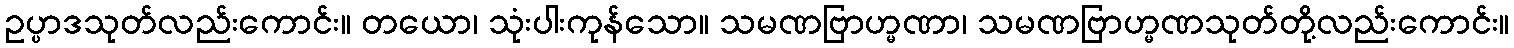
ဥပ္ပာဒသုတ်လည်းကောင်း။ တယော၊ သုံးပါးကုန်သော။ သမဏဗြာဟ္မဏာ၊ သမဏဗြာဟ္မဏသုတ်တို့လည်းကောင်း။